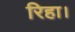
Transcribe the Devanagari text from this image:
रिहा।